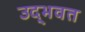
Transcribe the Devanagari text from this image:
उद्‌भवत